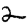
Digit: 2